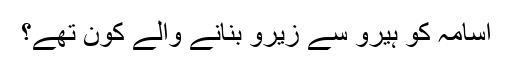
اسامہ کو ہیرو سے زیرو بنانے والے کون تھے؟